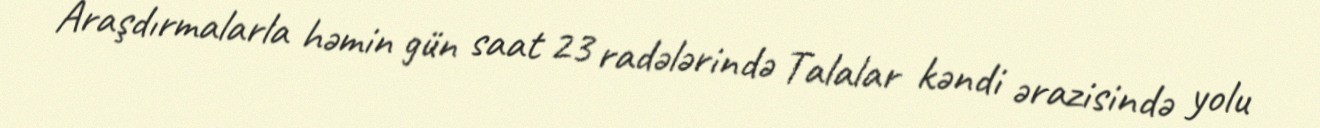
Araşdırmalarla həmin gün saat 23 radələrində Talalar kəndi ərazisində yolu